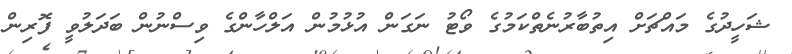
ޝަހީދުގެ މައްޗަށް އިތުބާރުނެތްކަމުގެ ވޯޓު ނަގަން އުޅުމުން އަލްހާންގެ ވިސްނުން ބަދަލުވީ ފޮރިން